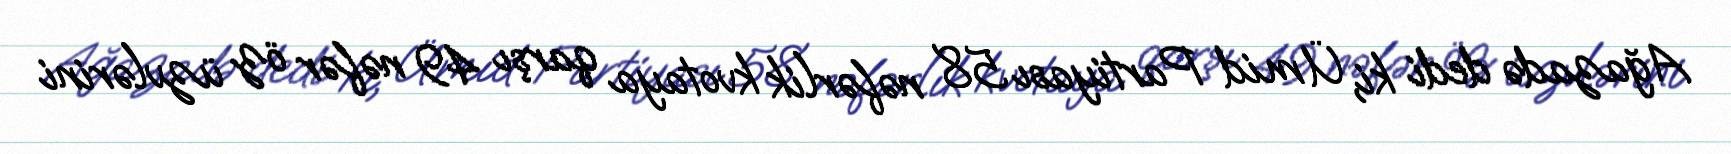
Ağazadə dedi ki, Ümid Partiyası 58 nəfərlik kvotaya qarşı 49 nəfər öz üzvlərini